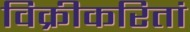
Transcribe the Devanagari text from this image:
विक्रीकरितां